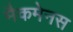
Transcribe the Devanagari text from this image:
मैकमेनस